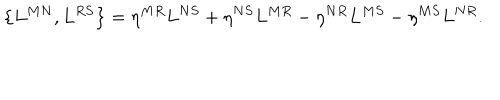
LaTeX: \left\{ L ^ { M N } , L ^ { R S } \right\} = \eta ^ { M R } L ^ { N S } + \eta ^ { N S } L ^ { M R } - \eta ^ { N R } L ^ { M S } - \eta ^ { M S } L ^ { N R } .